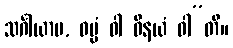
သင်္ဂါယာမ, ဓမ္မံ ဝါ ဝိနယံ ဝါ”တိ။